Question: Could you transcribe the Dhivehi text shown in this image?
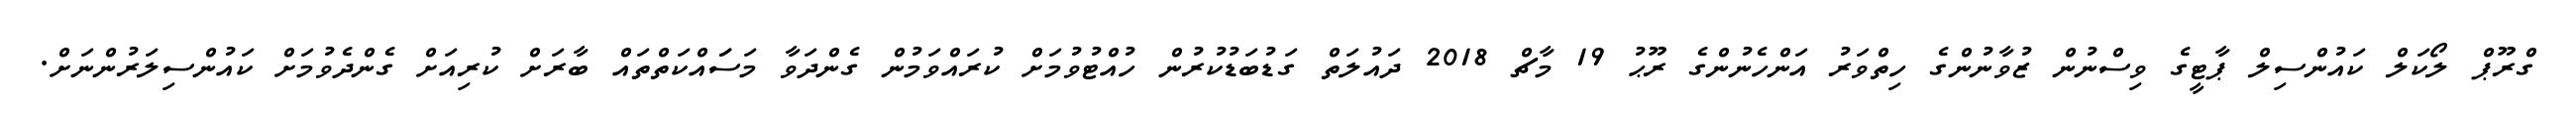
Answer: ގްރޫޕް ލޯކަލް ކައުންސިލް ޕާޓީގެ ވިސްނުން ޒުވާނުންގެ ހިތްވަރު އަންހެނުންގެ ރޫޙު 19 މާޗް 2018 ދައުލަތް ގަޑުބަޑުކުރުން ހުއްޓުވުމަށް ކުރައްވަމުން ގެންދަވާ މަސަައްކަތްތައް ބާރަށް ކުރިއަށް ގެންދެވުމަށް ކައުންސިލަރުންނަށް.